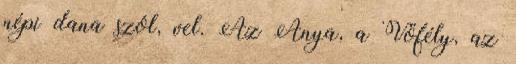
népi dana szól, vel. Az Anya, a Vőfély, az